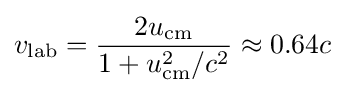
v_{\text{lab}}={\frac {2u_{\text{cm}}}{1+u_{\text{cm}}^{2}/c^{2}}}\approx 0.64c